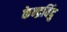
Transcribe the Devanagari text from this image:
केन्द्रबिंदु